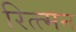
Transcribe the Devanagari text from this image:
रित्त्मन